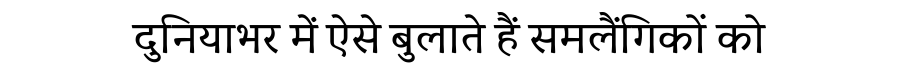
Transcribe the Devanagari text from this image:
दुनियाभर में ऐसे बुलाते हैं समलैंगिकों को